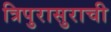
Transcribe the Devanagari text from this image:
त्रिपुरासुराची